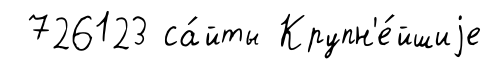
726123 са́йты Крупн'е́йшиjе